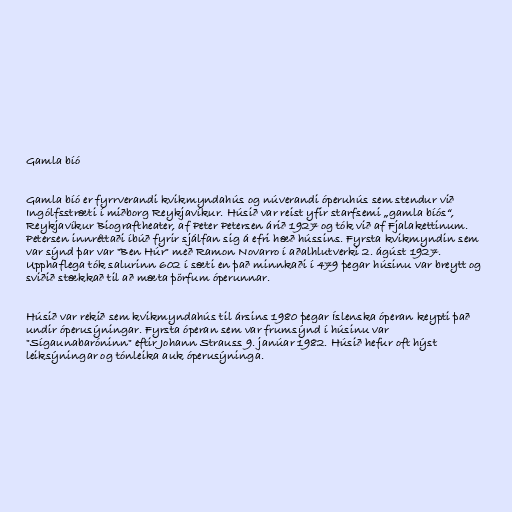
Gamla bíó

Gamla bíó er fyrrverandi kvikmyndahús og núverandi óperuhús sem stendur við
Ingólfsstræti í miðborg Reykjavíkur. Húsið var reist yfir starfsemi „gamla bíós“,
Reykjavíkur Biograftheater, af Peter Petersen árið 1927 og tók við af Fjalakettinum.
Petersen innréttaði íbúð fyrir sjálfan sig á efri hæð hússins. Fyrsta kvikmyndin sem
var sýnd þar var "Ben Húr" með Ramon Novarro í aðalhlutverki 2. ágúst 1927.
Upphaflega tók salurinn 602 í sæti en það minnkaði í 479 þegar húsinu var breytt og
sviðið stækkað til að mæta þörfum óperunnar.

Húsið var rekið sem kvikmyndahús til ársins 1980 þegar Íslenska óperan keypti það
undir óperusýningar. Fyrsta óperan sem var frumsýnd í húsinu var
"Sígaunabaróninn" eftir Johann Strauss 9. janúar 1982. Húsið hefur oft hýst
leiksýningar og tónleika auk óperusýninga.